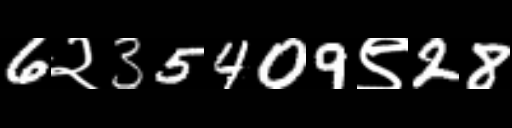
Text: 6२35409९28